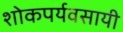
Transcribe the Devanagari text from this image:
शोकपर्यवसायी